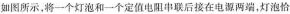
如图所示，将一个灯泡和一个定值电阻串联后接在电源两端，灯泡恰